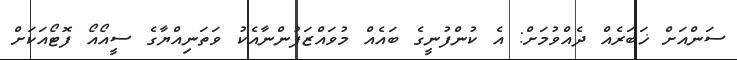
ސަންއަށް ޚަބަރެއް ދެއްވުމަށް: އެ ކުންފުނީގެ ބައެއް މުވައްޒަފުންނާއެކު ވަތަނިއްޔާގެ ސީއޯއޯ ފޮޓޯއަކަށް